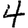
Digit: 4